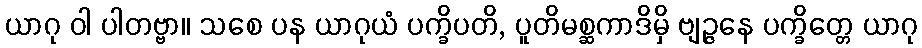
ယာဂု ဝါ ပါတဗ္ဗာ။ သစေ ပန ယာဂုယံ ပက္ခိပတိ, ပူတိမစ္ဆကာဒိမှိ ဗျဉ္ဇနေ ပက္ခိတ္တေ ယာဂု